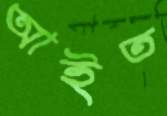
আইত